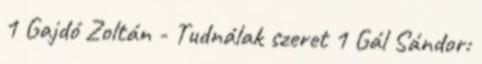
1 Gajdó Zoltán - Tudnálak szeret 1 Gál Sándor: